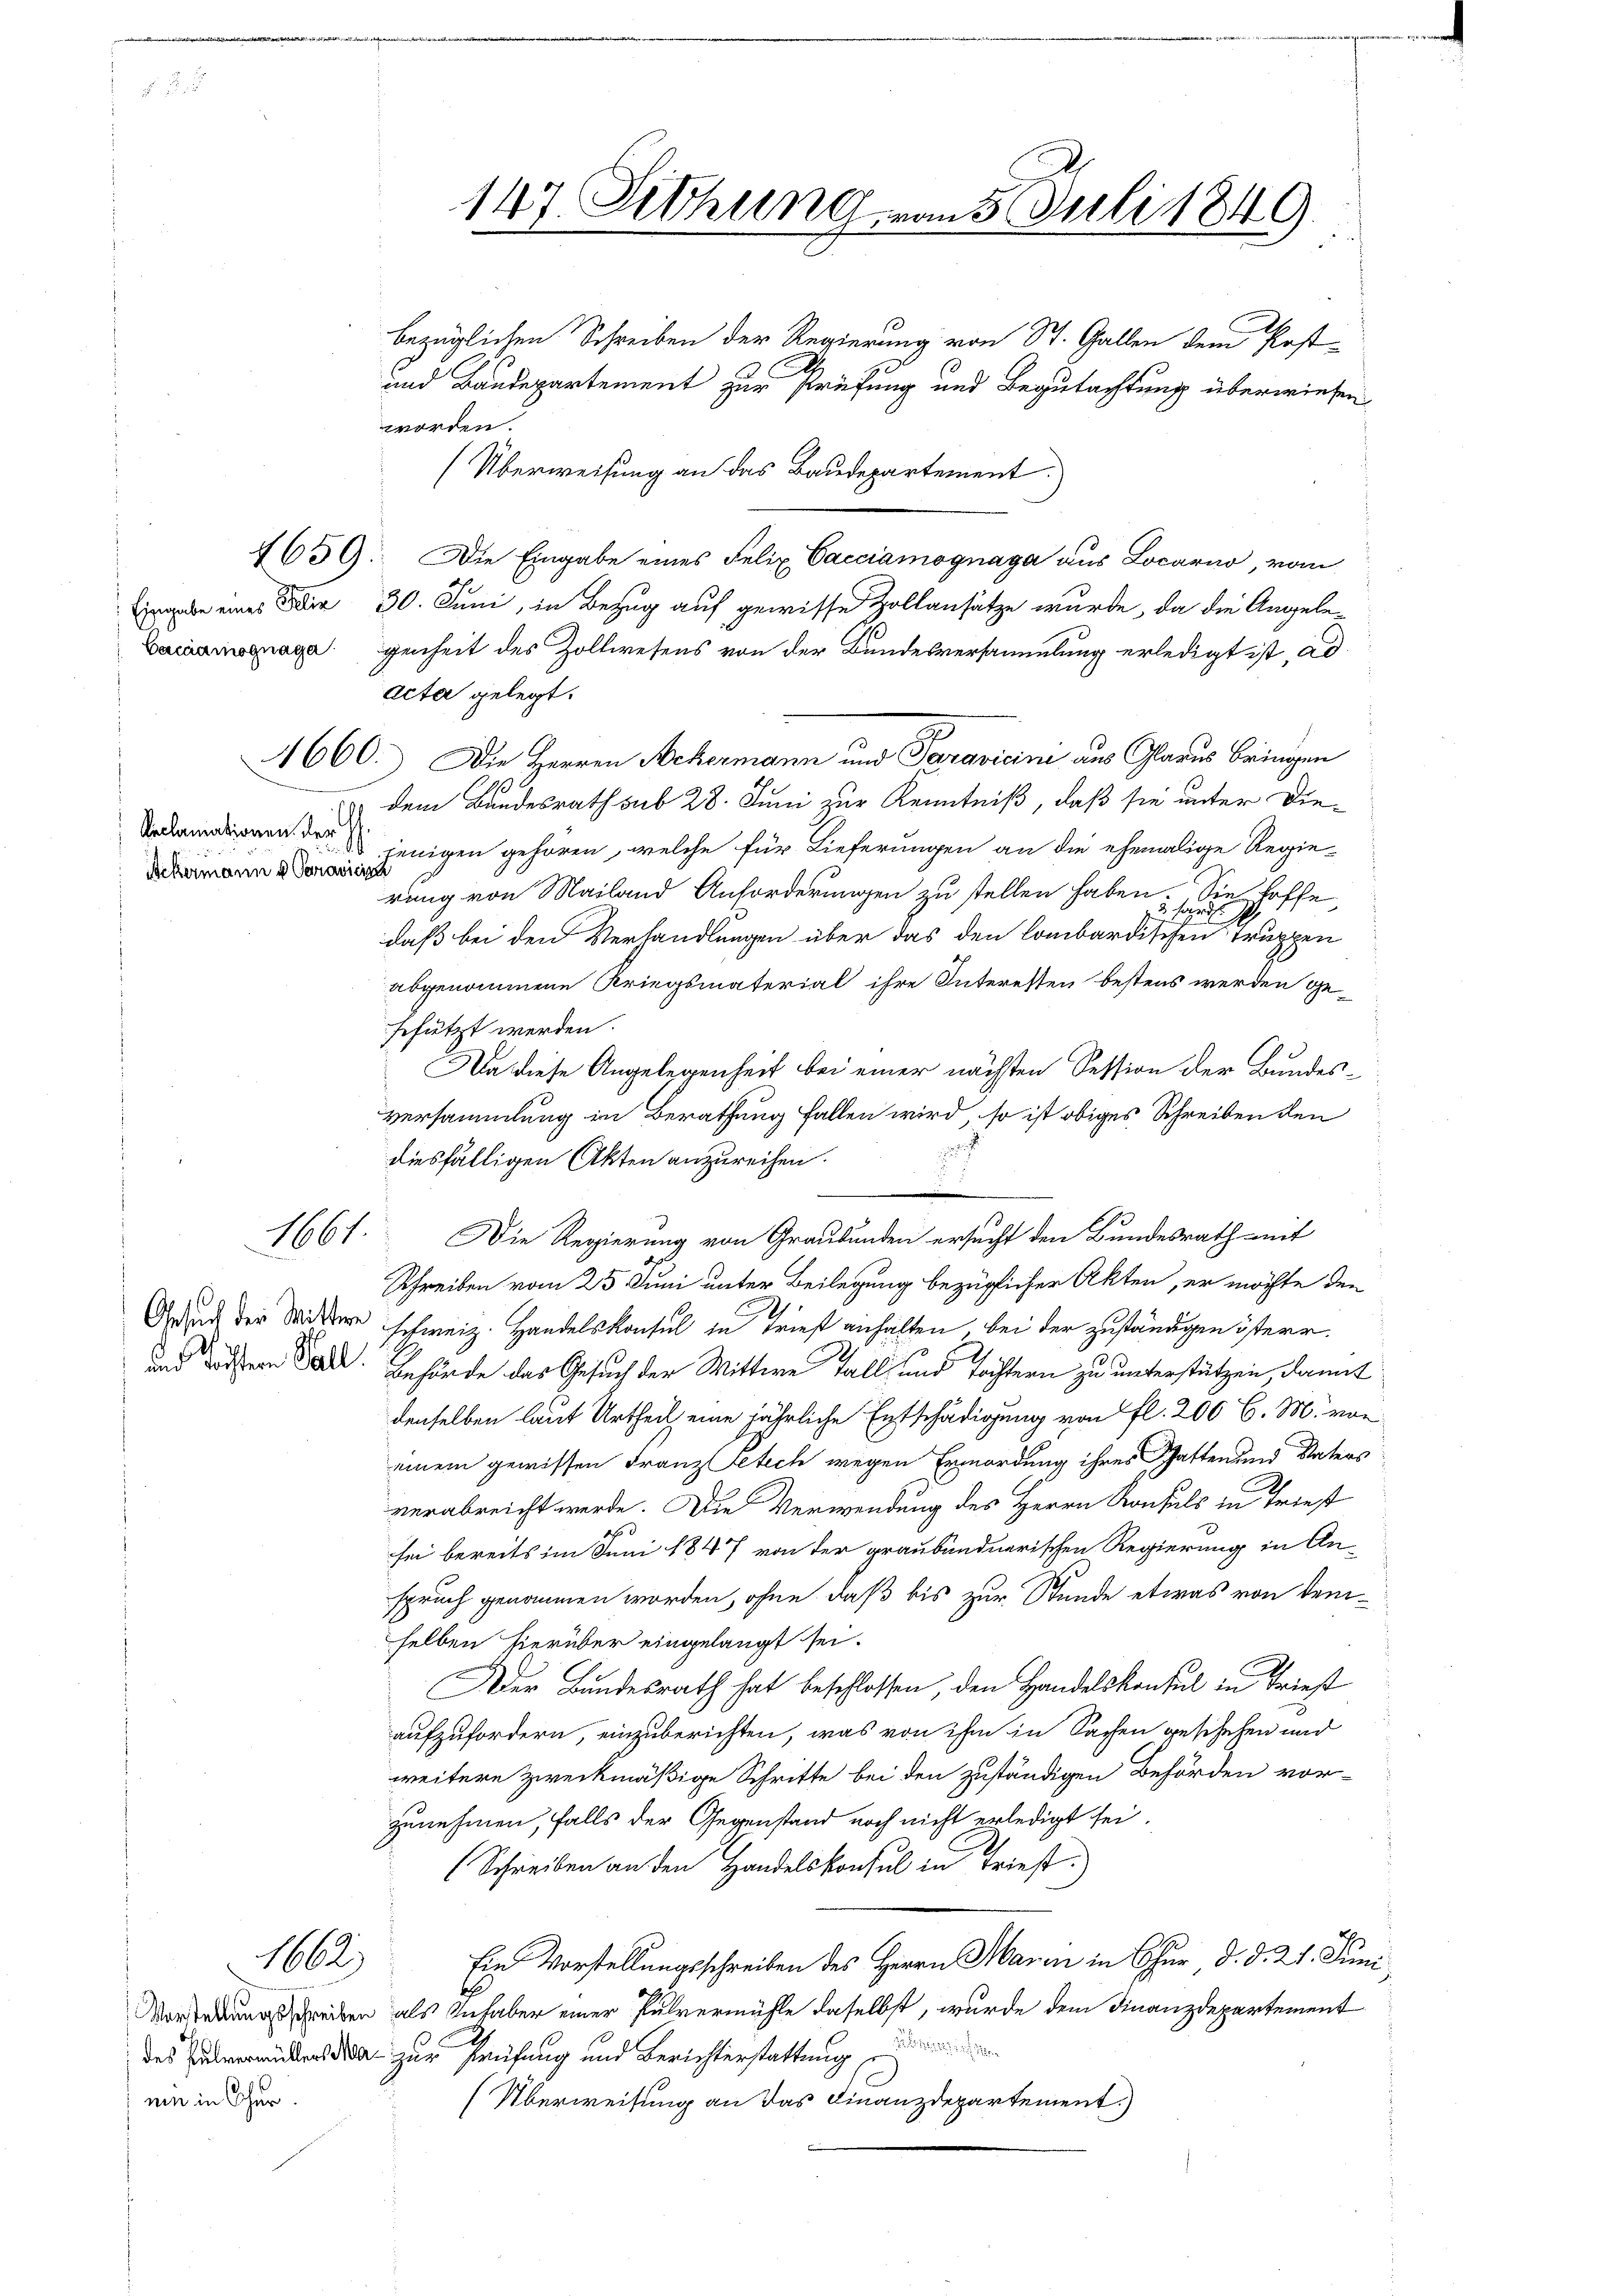
Reclamationen der
Ackermann u Paravicina

1661.

1662

nen in Cher.

bezüglichen Schreiben der Regierung von St. Gallen dem Post¬
und Baudepartement zur Prüfung und Begutachtung überwiesen
worden.
Überweisung an das Baudepartement.)
4659. Die Eingabe eines Felix Vacciamognaga aus Locarno, vom
rgabe eines der 30. Juni, in Bezug auf gewisse Zollansätze wurde, da die Angele¬
Laagegenheit des Zollwesens von der Bundesversammlung erledigt ist, ad
acter gelegt.
1660. Die Herren Nekermann und Paravicini aus Glarus bringen
10
dem Bundesrath sub 28. Juni zur Kenntniß, daß sie unter Diedjenigen gehören, welche für Lieferungen an die ehemalige Regie-
rung von Mailand Anforderungen zu stellen haben. Sie hoffe,
daß bei den Verhandlungen über das den lombardischen Truppen
abgenommene Kriegsmaterial ihre Interessen bestens werden ge-
schützt werden.
Da diese Angelegenheit bei einer nächsten Session der Bundes¬
Versammlung in Berathung fallen wird, so ist obiges Schreiben den
diesfälligen Akten anzureihen.
Die Regierung von Graubünden ersucht den Bundesrath mit
Schreiben vom 25. Juni unter Beilegung bezüglicher Akten, er möchte den
Gaud der Widere schweiz. Handelskonsul in Tries anhalten bei der zuständigen isterr.
und dassern Sale. Gehörde das Gesuch der Wittwe Fall und Tochtern zu unterstützen, damit
denselben laut Urtheil eine jährliche Entschädigung von fl. 200 l. M. von
einem gewissen Franz Petich wegen Ermordung ihres Schaften und Vaters
verabreicht werde. Die Verwendung des Herrn Konsuls in Triest
d
sei bereits im Juni 1847 von der graubündnerischen Regierung in An-
spruch genommen worden, ohne daß bis zur Stunde etwas von demselben hierüber eingelangt sei.
Der Bundesrath hat beschlossen, den Handelskonsul in Triest
aufzufordern, einzuberichten, was von ihm in Sachen geschehen und
weitere zweckmäßige Schritte bei den zuständigen Behörden vorzunehmen, falls der Gegenstand noch nicht erledigt sei.
Schreiben an den Handelskonsul in Triest)
Ein Vorstellungsschreiben des Herrn Maren in Chur d. d. 21. Juni
Vorderungsschreiben als Inhaber einer Pulvermühle daselbst, wurde dem Finanzdepartement
des Zuberichter da zur Prüfung und Berichterstattung
Überweisung an das Finanzdepartement.)

147. Sethung von 5. Juli 1849.